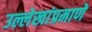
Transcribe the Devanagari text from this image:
उल्लेखांप्रमाणे